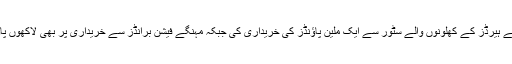
اس کے علاوہ انہوں نے ہیرڈز کے کھلونوں والے سٹور سے ایک ملین پاؤنڈز کی خریداری کی جبکہ مہنگے فیشن برانڈز سے خریداری پر بھی لاکھوں پاؤنڈز خرچ کیے گئے۔